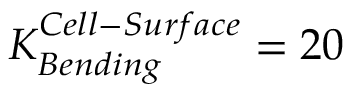
K _ { B e n d i n g } ^ { C e l l - S u r f a c e } = 2 0